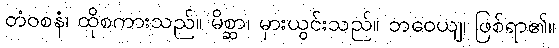
တံဝစနံ၊ ထိုစကားသည်။ မိစ္ဆာ၊ မှားယွင်းသည်။ ဘဝေယျ၊ ဖြစ်ရာ၏။